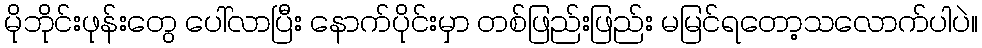
မိုဘိုင်းဖုန်းတွေ ပေါ်လာပြီး နောက်ပိုင်းမှာ တစ်ဖြည်းဖြည်း မမြင်ရတော့သလောက်ပါပဲ။